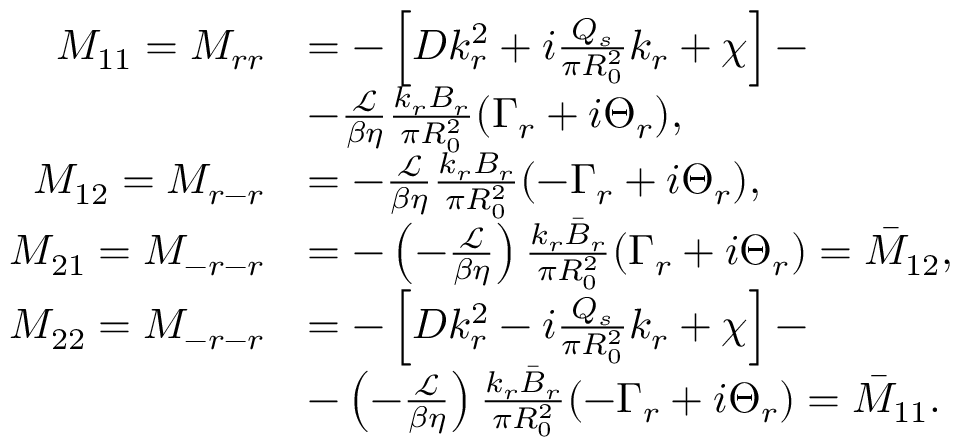
\begin{array} { r l } { M _ { 1 1 } = M _ { r r } } & { = - \left[ D k _ { r } ^ { 2 } + i \frac { Q _ { s } } { \pi R _ { 0 } ^ { 2 } } k _ { r } + \chi \right] - } \\ & { - \frac { \mathcal { L } } { \beta \eta } \frac { k _ { r } B _ { r } } { \pi R _ { 0 } ^ { 2 } } ( \Gamma _ { r } + i \Theta _ { r } ) , } \\ { M _ { 1 2 } = M _ { r - r } } & { = - \frac { \mathcal { L } } { \beta \eta } \frac { k _ { r } B _ { r } } { \pi R _ { 0 } ^ { 2 } } ( - \Gamma _ { r } + i \Theta _ { r } ) , } \\ { M _ { 2 1 } = M _ { - r - r } } & { = - \left( - \frac { \mathcal { L } } { \beta \eta } \right) \frac { k _ { r } \bar { B } _ { r } } { \pi R _ { 0 } ^ { 2 } } ( \Gamma _ { r } + i \Theta _ { r } ) = \bar { M } _ { 1 2 } , } \\ { M _ { 2 2 } = M _ { - r - r } } & { = - \left[ D k _ { r } ^ { 2 } - i \frac { Q _ { s } } { \pi R _ { 0 } ^ { 2 } } k _ { r } + \chi \right] - } \\ & { - \left( - \frac { \mathcal { L } } { \beta \eta } \right) \frac { k _ { r } \bar { B } _ { r } } { \pi R _ { 0 } ^ { 2 } } ( - \Gamma _ { r } + i \Theta _ { r } ) = \bar { M } _ { 1 1 } . } \end{array}